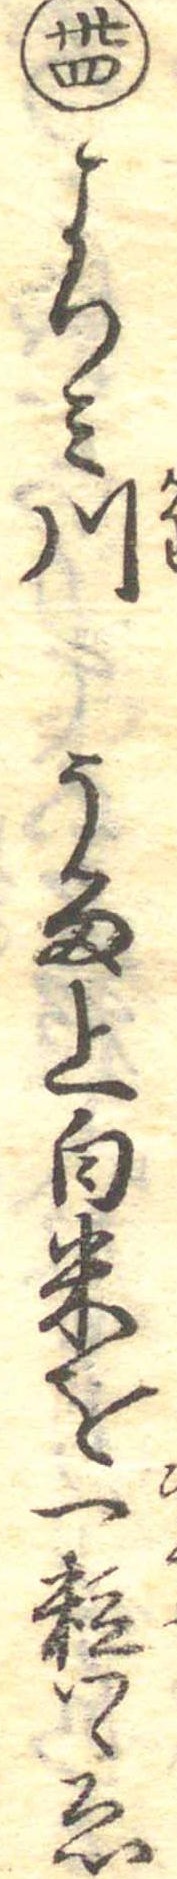
卅四よりみ川うる上白米を一粒つゝゑ